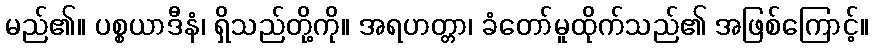
မည်၏။ ပစ္စယာဒီနံ၊ ရှိသည်တို့ကို။ အရဟတ္တာ၊ ခံတော်မူထိုက်သည်၏ အဖြစ်ကြောင့်။